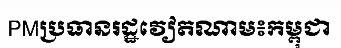
PMប្រធានរដ្ឋវៀតណាម៖កម្ពុជា